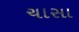
ચાસા